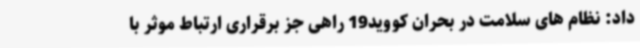
داد: نظام های سلامت در بحران کووید19 راهی جز برقراری ارتباط موثر با